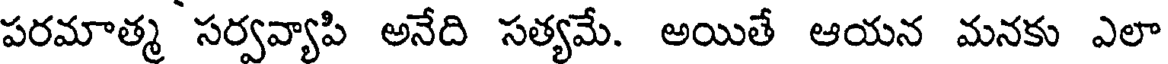
పరమాత్మ సర్వవ్యాపి అనేది సత్యమే. అయితే ఆయన మనకు ఎలా